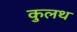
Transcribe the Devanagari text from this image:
कुलथ